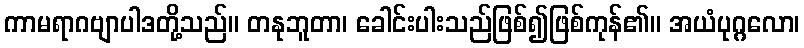
ကာမရာဂဗျာပါဒတို့သည်။ တနုဘူတာ၊ ခေါင်းပါးသည်ဖြစ်၍ဖြစ်ကုန်၏။ အယံပုဂ္ဂလော၊